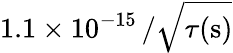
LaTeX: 1.1\times 10^{-15}\, /\sqrt{\tau(\mathrm{s})}